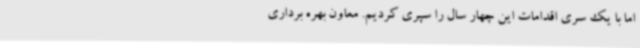
اما با یک سری اقدامات این چهار سال را سپری کردیم. معاون بهره برداری